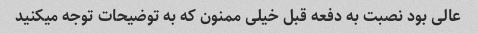
عالی بود نصبت به دفعه قبل خیلی ممنون که به توضیحات توجه میکنید